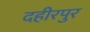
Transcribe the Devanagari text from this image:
दहीरपुर